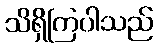
သိရှိကြပါသည်